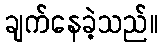
ချက်နေခဲ့သည်။